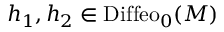
h _ { 1 } , h _ { 2 } \in \mathrm { D i f f e o } _ { 0 } ( M )